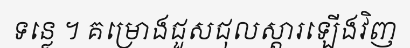
ទន្លេ ។ គម្រោងជួសជុលស្តារឡើងវិញ